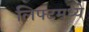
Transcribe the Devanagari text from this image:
लिफ्टमध्ये